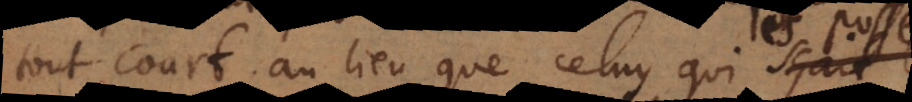
tout court, au lieu que celuy qui